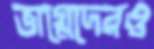
ভাগ্নেদেরও